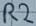
Text: R2